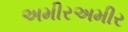
અમીરઅમીર